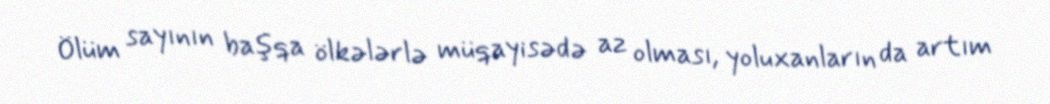
Ölüm sayının başqa ölkələrlə müqayisədə az olması, yoluxanların da artım